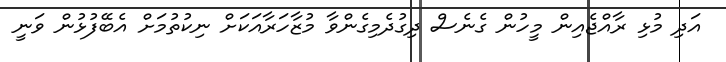
އަދި މުޅި ރާއްޖެއިން މީހުން ގެނެސް ދިގުދެމިގެންވާ މުޒާހަރާއަކަށް ނިކުތުމަށް އެބޭފުޅުން ވަނީ